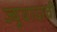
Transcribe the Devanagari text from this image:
ज्यूवादाची